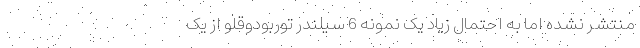
منتشر نشده اما به احتمال زیاد یک نمونه 6 سیلندر توربودوقلو از یک